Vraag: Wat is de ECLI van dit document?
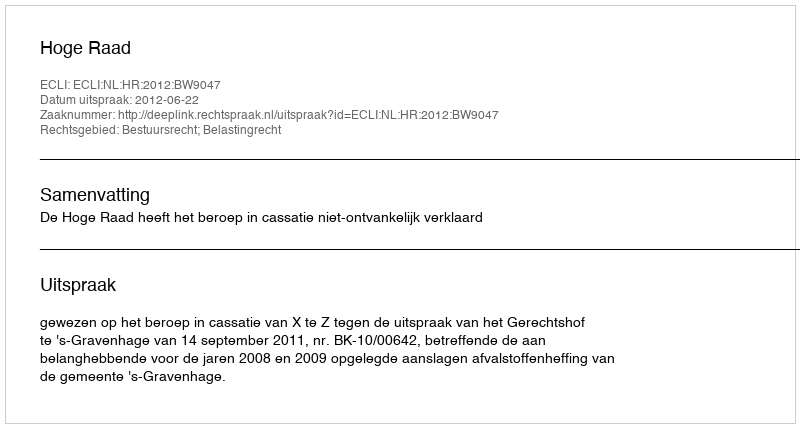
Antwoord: ECLI:NL:HR:2012:BW9047